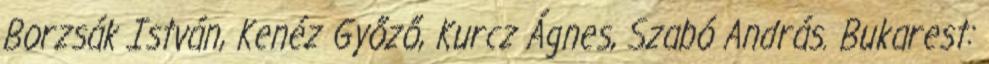
Borzsák István, Kenéz Győző, Kurcz Ágnes, Szabó András. Bukarest: